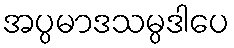
အပ္ပမာဒသမ္ပဒါပေ